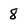
Character: 8